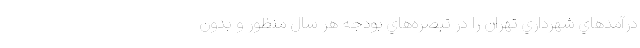
درآمدهاي شهرداري تهران را در تبصره‌هاي بودجه هر سال منظور و بدون